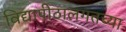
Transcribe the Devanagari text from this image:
विद्यापीठालगतच्या